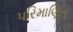
પરિમાણિત